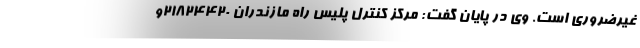
غیرضروری است. وی در پایان گفت: مرکز کنترل پلیس راه مازندران ۲۱۸۲۴۴۲۰و